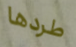
طردها